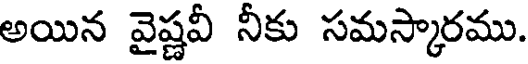
అయిన వైష్ణవీ నీకు సమస్కారము.